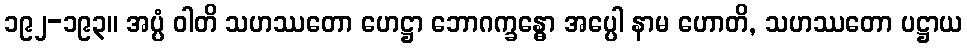
၁၉၂-၁၉၃။ အပ္ပံ ဝါတိ သဟဿတော ဟေဋ္ဌာ ဘောဂက္ခန္ဓော အပ္ပေါ နာမ ဟောတိ, သဟဿတော ပဋ္ဌာယ